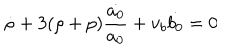
LaTeX: \dot { \rho } + 3 ( \rho + p ) \frac { \dot { a _ { 0 } } } { a _ { 0 } } + v _ { b } \dot { b _ { 0 } } = 0